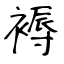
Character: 褥